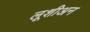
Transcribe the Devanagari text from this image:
लूशीअन